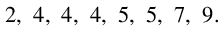
2 , \ 4 , \ 4 , \ 4 , \ 5 , \ 5 , \ 7 , \ 9 .